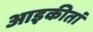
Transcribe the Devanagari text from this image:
आइकीतां